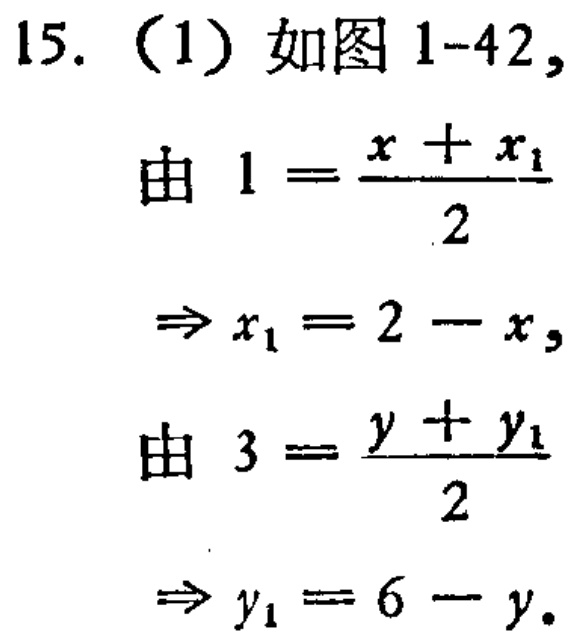
15.（1）如图1-42，
由 \(1 = \frac{x + x_{1}}{2}\)
\(\Rightarrow x_{1}=2 - x\)，
由 \(3 = \frac{y + y_{1}}{2}\)
\(\Rightarrow y_{1}=6 - y\)。